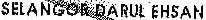
SELANGOR DARUL EHSAN